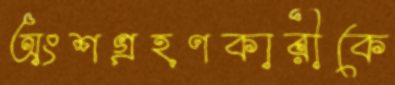
অংশগ্রহণকারীকে